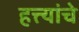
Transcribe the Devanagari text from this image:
हत्त्यांचे